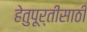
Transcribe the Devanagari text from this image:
हेतुपूर्तीसाठी